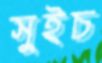
সুইচ